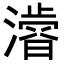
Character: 𭲾